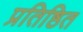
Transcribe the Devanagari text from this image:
प्रतिष्ठित